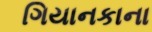
ગિયાનકાના